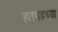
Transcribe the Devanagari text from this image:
हतगडच्या